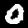
Label: 0